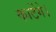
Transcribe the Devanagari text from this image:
काटेंगे।